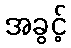
အခွင့်